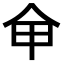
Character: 𠇚